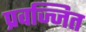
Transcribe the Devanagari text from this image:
प्रवज्जित